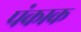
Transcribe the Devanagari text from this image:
पंकाक